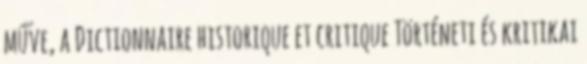
műve, a Dictionnaire historique et critique Történeti és kritikai